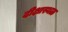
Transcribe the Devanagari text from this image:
दीक्षास्थळ